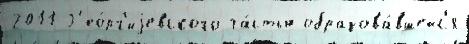
2011 Г'ео́рг'иjевского ча́стью образова́вшейс'я